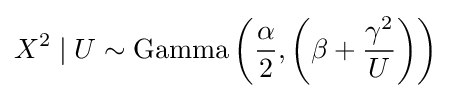
X^{2}\mid U\sim {\text{Gamma}}\left({\frac {\alpha }{2}},\left(\beta +{\frac {\gamma ^{2}}{U}}\right)\right)